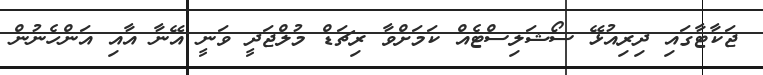
ޖަކާޓާގައި ދިރިއުޅޭ ސޯޝަލިސްޓެއް ކަމަށްވާ ރިޗަޑް މުލްޖަދީ ވަނީ އޭނާ އާއި އަންހެނުން